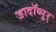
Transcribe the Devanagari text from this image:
जादॉब्पुर्